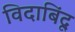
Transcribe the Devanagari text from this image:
विदाबिंदू